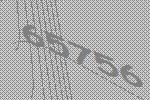
65756